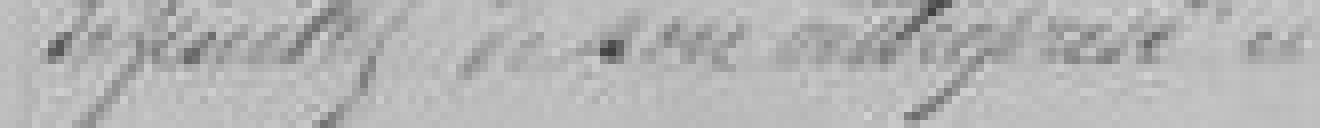
définitif de son entreprise ci